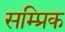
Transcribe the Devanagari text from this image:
सम्प्रिक